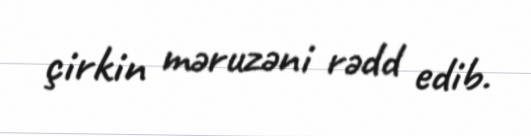
çirkin məruzəni rədd edib.